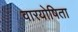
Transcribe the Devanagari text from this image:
वारयोषिता